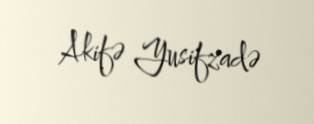
Akifə Yusifzadə